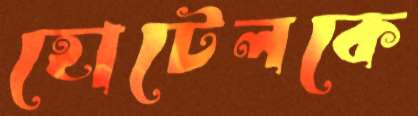
হোটেলকে